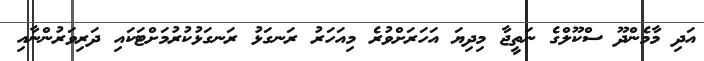
އަދި މާމެންދޫ ސްކޫލްގެ ނަތީޖާ މިދިޔަ އަހަރަށްވުރެ މިއަހަރު ރަނގަޅު ރަނގަޅުކުރުމަށްޓަކައި ދަރިވަރުންނާއި